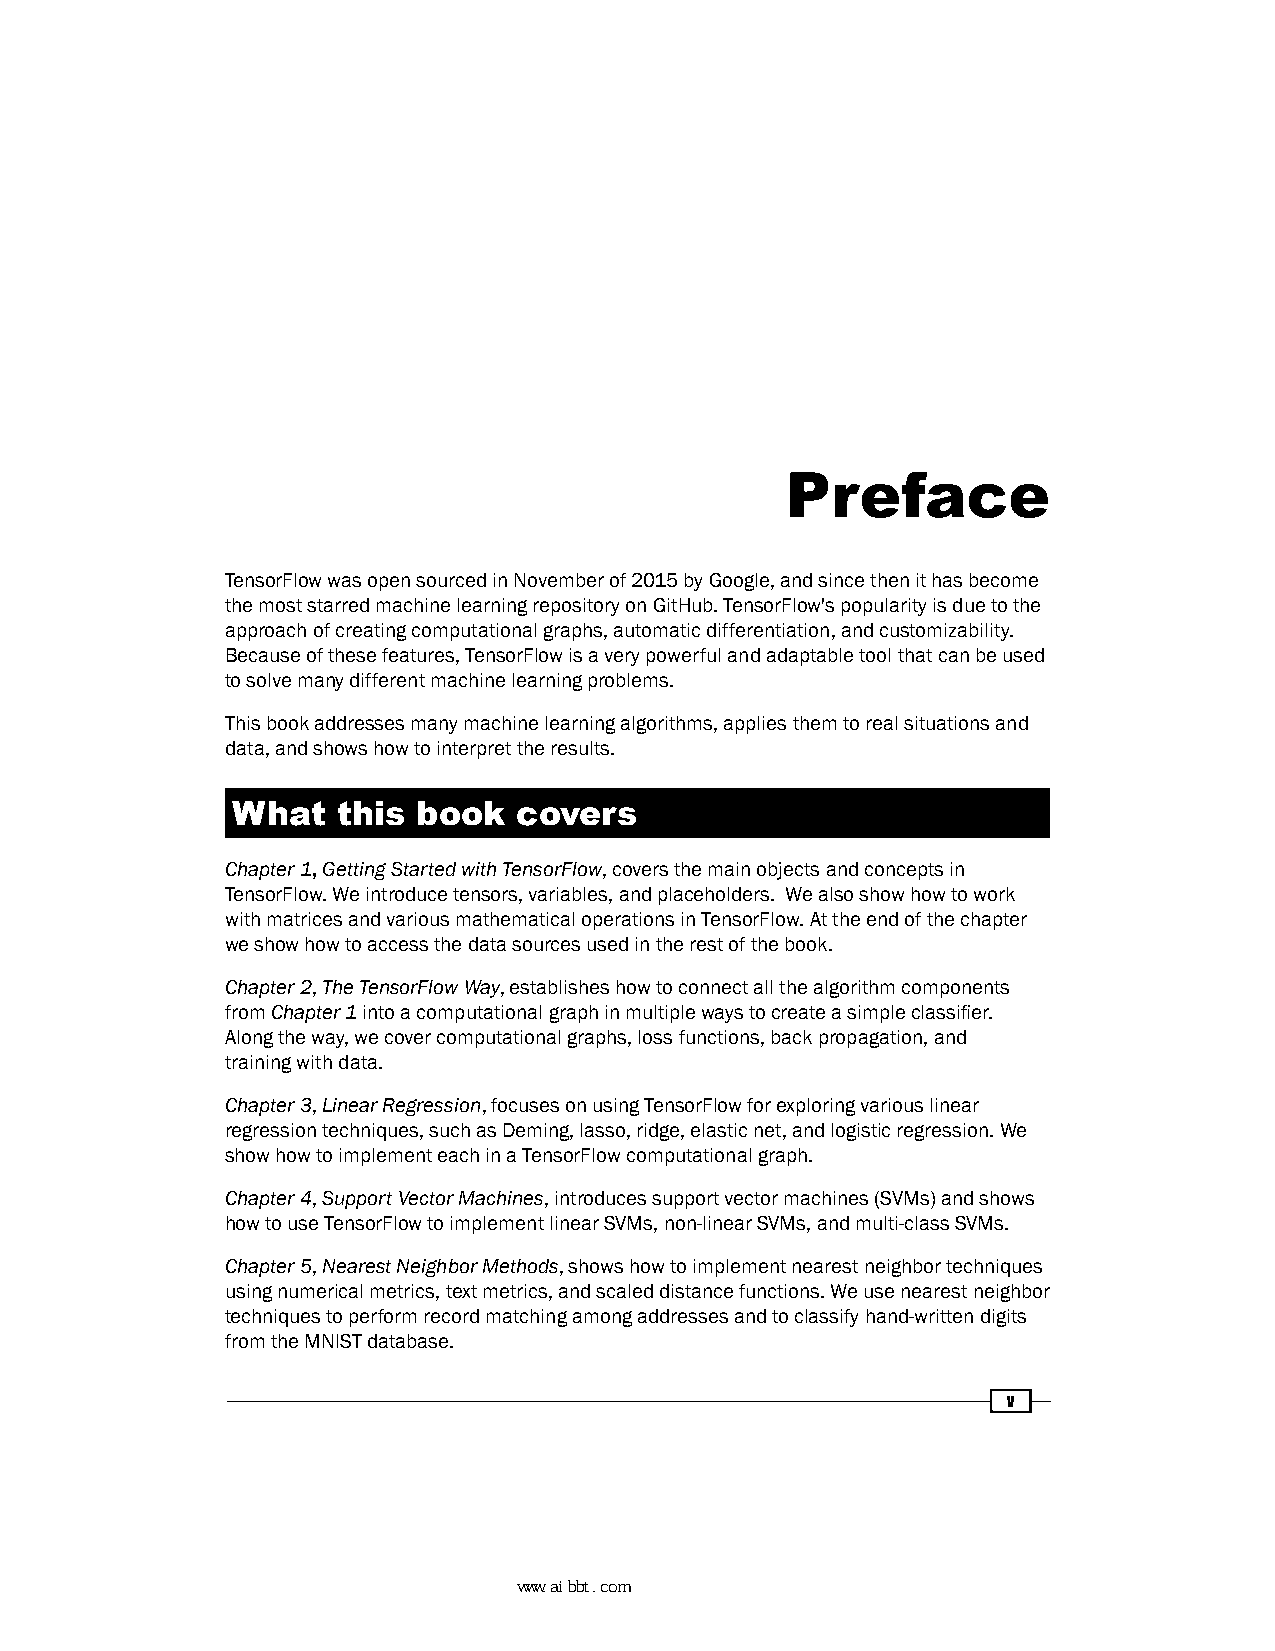
Preface
 TensorFlow was open sourced in November of 2015 by Google, and since then it has become
 the most starred machine learning repository on GitHub. TensorFlow's popularity is due to the
 approach of creating computational graphs, automatic differentiation, and customizability.
 Because of these features, TensorFlow is a very powerful and adaptable tool that can be used
 to solve many different machine learning problems.
 This book addresses many machine learning algorithms, applies them to real situations and
 data, and shows how to interpret the results.
 What   this  book  covers
 Chapter 1, Getting Started with TensorFlow, covers the main objects and concepts in
 TensorFlow. We introduce tensors, variables, and placeholders. We also show how to work
 with matrices and various mathematical operations in TensorFlow. At the end of the chapter
 we show how to access the data sources used in the rest of the book.
 Chapter 2, The TensorFlow Way, establishes how to connect all the algorithm components
 from Chapter 1 into a computational graph in multiple ways to create a simple classifier.
 Along the way, we cover computational graphs, loss functions, back propagation, and
 training with data.
 Chapter 3, Linear Regression, focuses on using TensorFlow for exploring various linear
 regression techniques, such as Deming, lasso, ridge, elastic net, and logistic regression. We
 show how to implement each in a TensorFlow computational graph.
 Chapter 4, Support Vector Machines, introduces support vector machines (SVMs) and shows
 how to use TensorFlow to implement linear SVMs, non-linear SVMs, and multi-class SVMs.
 Chapter 5, Nearest Neighbor Methods, shows how to implement nearest neighbor techniques
 using numerical metrics, text metrics, and scaled distance functions. We use nearest neighbor
 techniques to perform record matching among addresses and to classify hand-written digits
 from the MNIST database.
 v
 www.aibbt.com 让未来触手可及